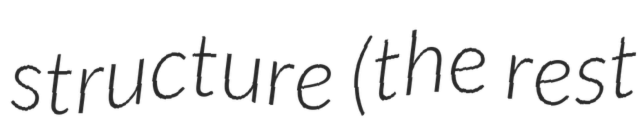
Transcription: structure (the rest